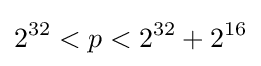
2^{32}<p<2^{32}+2^{16}